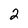
Character: 2